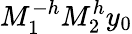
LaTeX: M_{1}^{-h}M_{2}^{h}y_{0}